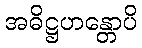
အဓိဋ္ဌဟန္တောပိ